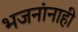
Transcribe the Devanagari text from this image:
भजनांनाही